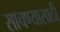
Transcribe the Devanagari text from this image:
साचण्यासाठी